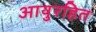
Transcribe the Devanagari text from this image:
आयुरहित